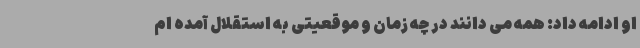
او ادامه داد: همه می دانند در چه زمان و موقعیتی به استقلال آمده ام